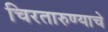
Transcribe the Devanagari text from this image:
चिरतारुण्याचे